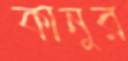
কানুর